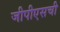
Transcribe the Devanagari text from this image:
जीपीएसची